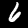
Digit: 6